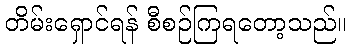
တိမ်းရှောင်ရန် စီစဉ်ကြရတော့သည်။